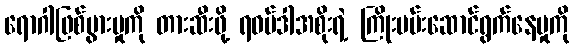
ရောဂါဖြစ်ပွားမှုကို တားဆီးဖို့ ရဝမ်ဒါအစိုးရဲ့ ကြိုးပမ်းဆောင်ရွက်နေမှုကို